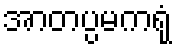
အာတပ္ပမကရုံ